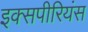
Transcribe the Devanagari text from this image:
इक्सपीरियंस